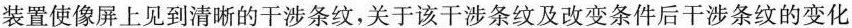
装置使像屏上见到清晰的干涉条纹，关于该干涉条纹及改变条件后干涉条纹的变化